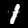
Label: 1